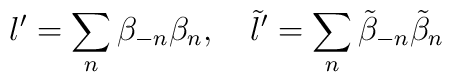
l^{\prime }=\sum_n\beta _{-n}\beta _n,\quad \tilde l^{\prime }=\sum_n\tilde\beta _{-n}\tilde \beta _n